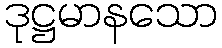
ဒုဋ္ဌမာနသော